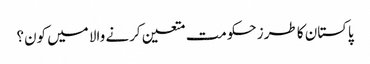
پاکستان کا طرز حکومت متعین کرنے والا میں کون؟